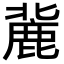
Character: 𪊠